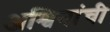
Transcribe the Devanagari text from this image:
अश्विनांची